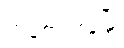
ထန်တလန်မြို့